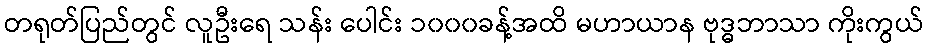
တရုတ်ပြည်တွင် လူဦးရေ သန်း ပေါင်း ၁၀၀၀ခန့်အထိ မဟာယာန ဗုဒ္ဓဘာသာ ကိုးကွယ်